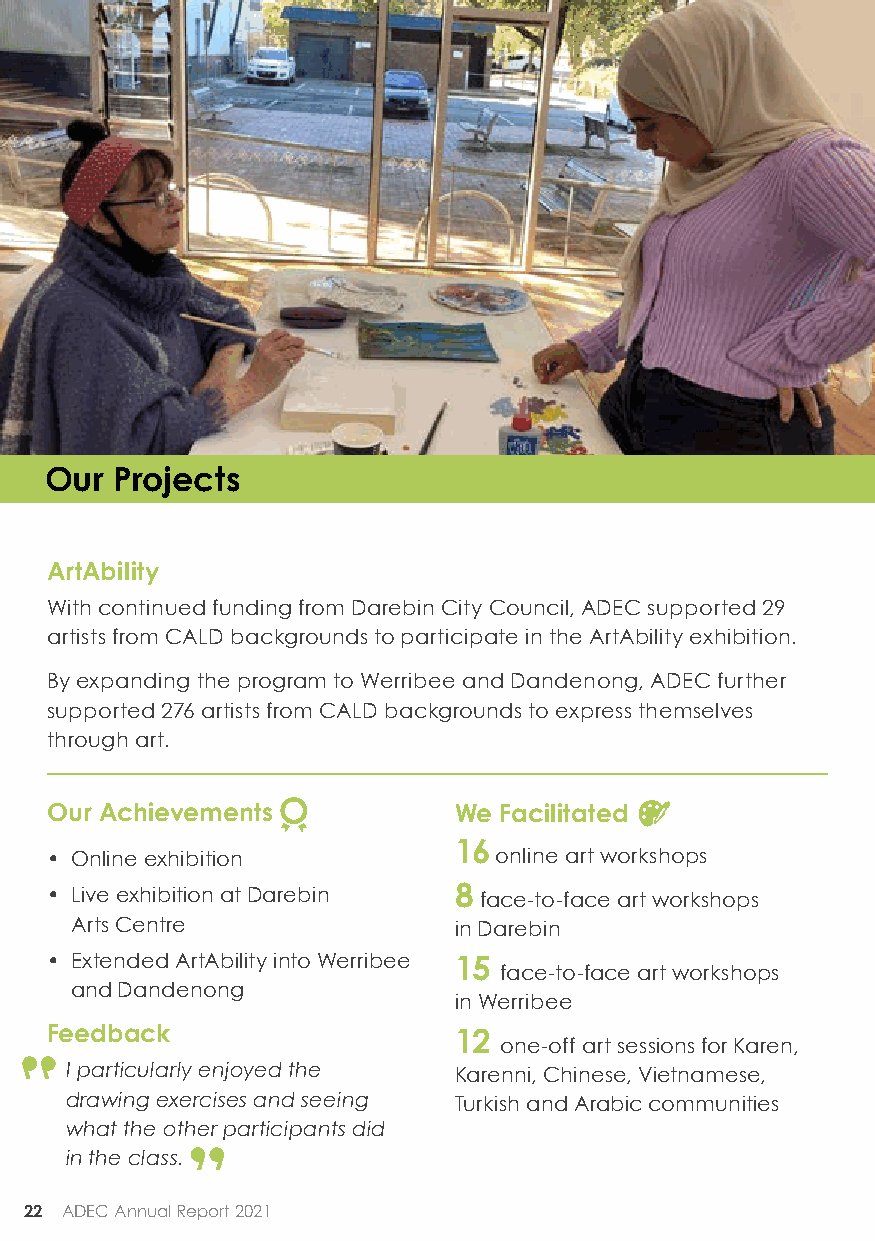
Our  Projects
 ArtAbility
 With continued funding from Darebin City Council, ADEC supported 29
 artists from CALD backgrounds to participate in the ArtAbility exhibition.
 By expanding the program to Werribee and Dandenong, ADEC further
 supported 276 artists from CALD backgrounds to express themselves
 through art.
 Our Achievements           We Facilitated
 16
 • Online exhibition           online art workshops
 • Live exhibition at Darebin 8 face-to-face art workshops
 Arts Centre              in Darebin
 • Extended ArtAbility into Werribee 15
 face-to-face art workshops
 and Dandenong
 in Werribee
 Feedback                   12
 one-off art sessions for Karen,
 I particularly enjoyed the Karenni, Chinese, Vietnamese,
 drawing exercises and seeing Turkish and Arabic communities
 what the other participants did
 in the class.
 22 ADEC Annual Report 2021